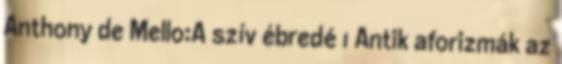
Anthony de Mello:A szív ébredé 1 Antik aforizmák az